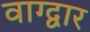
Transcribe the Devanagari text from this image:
वाग्द्वार